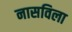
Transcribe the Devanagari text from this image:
नासविला